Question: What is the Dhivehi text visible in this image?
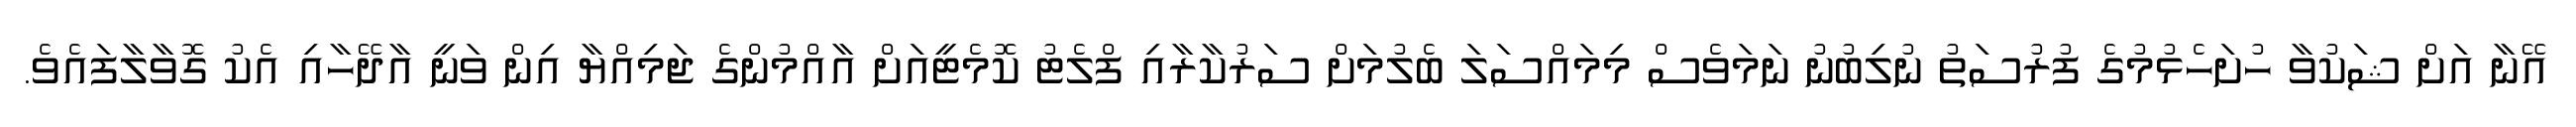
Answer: އޭނާ އަށް ޝަކުވާ ހުށަހެޅުމުގެ ފުރުސަތު ނުލިބުނު ނަމަވެސް މިމައްސަލަ ބެލުމަށް ސަރުކާރާއި ފްލެޓު ކޮމެޓީއަށް އާއްމުންގެ ޖަމިއްޔާ އިން ވަނީ އާދޭހާއި އެކު ގޮވާލާފައެވެ.